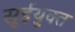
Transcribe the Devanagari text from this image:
सूईयुक्त